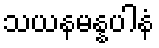
သယနမန္နပါနံ